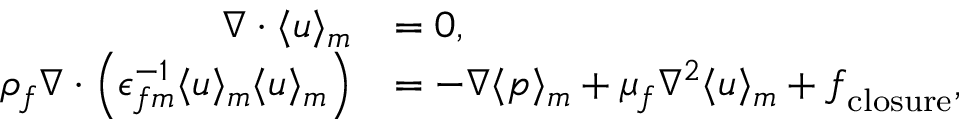
\begin{array} { r l } { \nabla \cdot \langle \boldsymbol { u } \rangle _ { m } } & { = 0 , } \\ { \rho _ { f } \nabla \cdot \left( \epsilon _ { f m } ^ { - 1 } \langle \boldsymbol { u } \rangle _ { m } \langle \boldsymbol { u } \rangle _ { m } \right) } & { = - \nabla \langle p \rangle _ { m } + \mu _ { f } \nabla ^ { 2 } \langle \boldsymbol { u } \rangle _ { m } + \boldsymbol { f } _ { \mathrm { c l o s u r e } } , } \end{array}